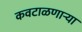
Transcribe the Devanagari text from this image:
कवटाळणाऱ्या